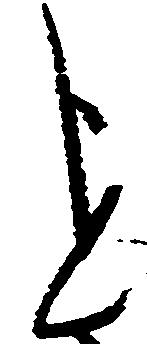
を